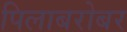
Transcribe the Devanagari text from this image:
पिलाबरोबर